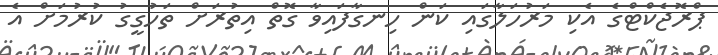
ޕްރޮޖެކްޓްގެ އެކި މަރުހަލާގައި ކަން ހިނގާފައިވާ ގޮތް އިތުރަށް ތަހުގީގު ކުރުމަށް އެ